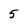
Character: 5